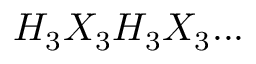
H _ { 3 } X _ { 3 } H _ { 3 } X _ { 3 } . . .